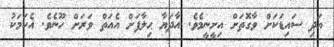
އަދި ސައިޑަކަށް ވާގޮތަށް އިށީނީމެވެ. އާދަޔާ ޙިލާފަށް އެއަތް ވަރަށް ހޫނެވެ. އެކަމަކު